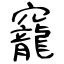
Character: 竉